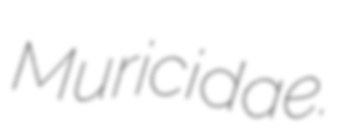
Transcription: Muricidae.